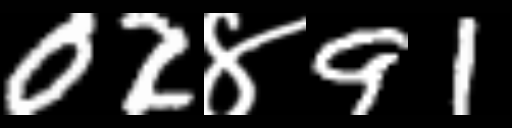
Text: 02४91